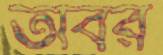
তবির